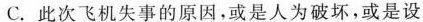
C.此次飞机失事的原因，或是人为破坏，或是设